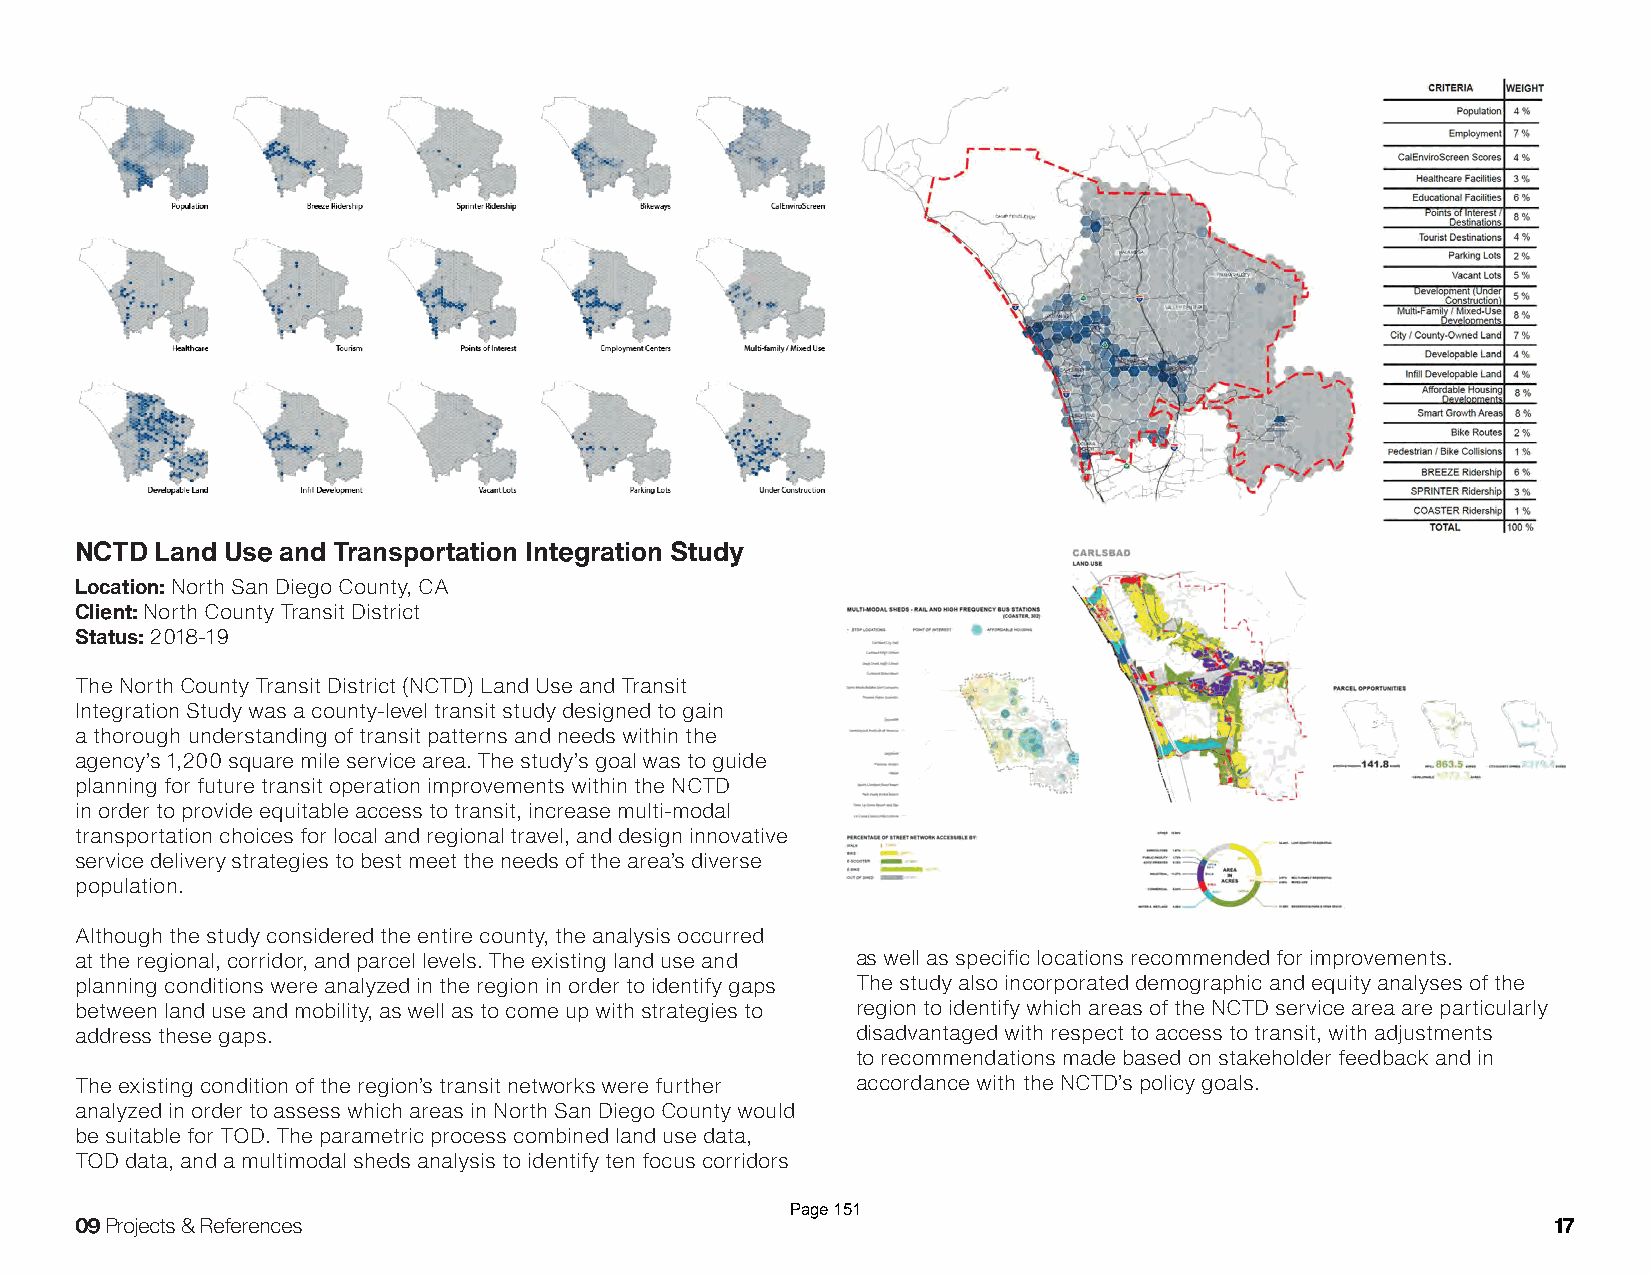
NCTD Land Use and Transportation Integration Study
 Location: North San Diego County, CA
 Client: North County Transit District
 Status: 2018-19
 The North County Transit District (NCTD) Land Use and Transit
 Integration Study was a county-level transit study designed to gain
 a thorough understanding of transit patterns and needs within the
 agency’s 1,200 square mile service area. The study’s goal was to guide
 planning for future transit operation improvements within the NCTD
 in order to provide equitable access to transit, increase multi-modal
 transportation choices for local and regional travel, and design innovative
 service delivery strategies to best meet the needs of the area’s diverse
 population.
 Although the study considered the entire county, the analysis occurred
 at the regional, corridor, and parcel levels. The existing land use and as well as specific locations recommended for improvements.
 planning conditions were analyzed in the region in order to identify gaps The study also incorporated demographic and equity analyses of the
 between land use and mobility, as well as to come up with strategies to region to identify which areas of the NCTD service area are particularly
 address these gaps.                                 disadvantaged with respect to access to transit, with adjustments
 to recommendations made based on stakeholder feedback and in
 The existing condition of the region’s transit networks were further accordance with the NCTD’s policy goals.
 analyzed in order to assess which areas in North San Diego County would
 be suitable for TOD. The parametric process combined land use data,
 TOD data, and a multimodal sheds analysis to identify ten focus corridors
 Page 151
 09 Projects & References                                                                          17